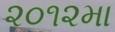
૨૦૧૨મા